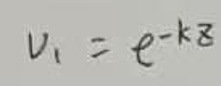
\[
v_1 = e^{-kz}
\]